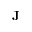
{ \bf J }